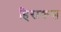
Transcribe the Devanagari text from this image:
हिराकस